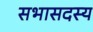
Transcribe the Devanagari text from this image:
सभासदस्य